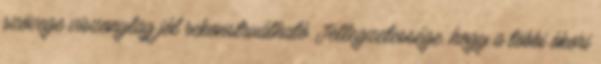
szövege viszonylag jól rekonstruálható. Jellegzetessége, hogy a többi ókori